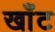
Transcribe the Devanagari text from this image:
खाँट